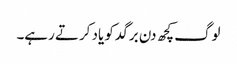
لوگ کچھ دن برگد کو یاد کرتے رہے۔